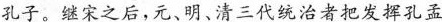
孔子。继宋之后，元、明、清三代统治者把发挥孔孟